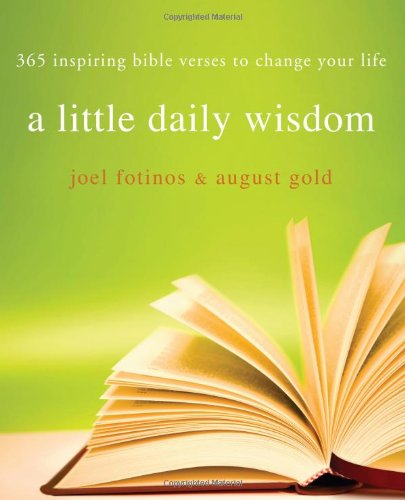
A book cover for Little Daily Wisdom: 365 Inspiring Bible Verses to Change Your Life; Joel Fotinos; Christian Books & Bibles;